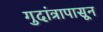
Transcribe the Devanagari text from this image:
गुदांत्रापासून